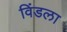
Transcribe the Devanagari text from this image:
विंडला